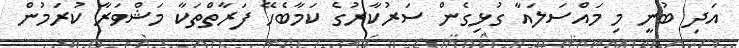
އަދި ބުނީ މި މައްސަލައާ ގުޅިގެން ސަރުކާރުގެ ކަމާބެހޭ ފަރާތްތަކާ މަޝްވަރާ ކުރަމުން